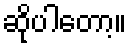
ဆိုပါတော့။